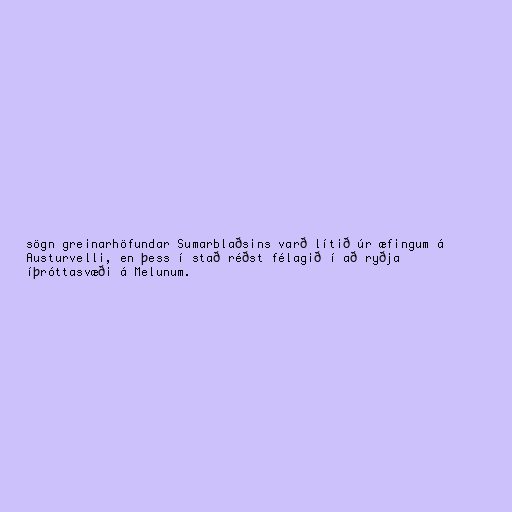
sögn greinarhöfundar Sumarblaðsins varð lítið úr æfingum á
Austurvelli, en þess í stað réðst félagið í að ryðja
íþróttasvæði á Melunum.